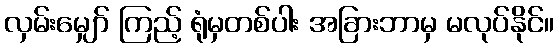
လှမ်းမျှော် ကြည့် ရုံမှတစ်ပါး အခြားဘာမှ မလုပ်နိုင်။